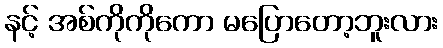
နင့် အစ်ကိုကိုကော မပြောတော့ဘူးလား